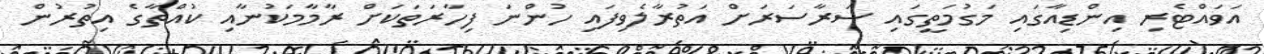
އަވައްޓެރި އިންޑިއާގައި މަގުމަތީގައި ސަރާސަރަށް އަތުރާލެވިފައި ހުންނަ ފިހާރަތަކަށް ރާމާމަކުނާއި ކުއްތާގެ އިތުރުން